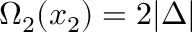
\Omega _ { 2 } ( x _ { 2 } ) = 2 | \Delta |